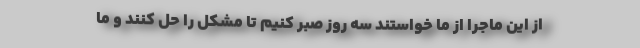
از این ماجرا از ما خواستند سه روز صبر کنیم تا مشکل را حل کنند و ما